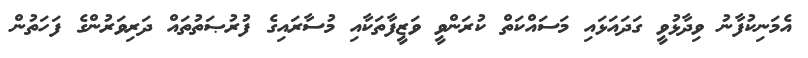
އެމަނިކުފާނު ވިދާޅުވީ ގަދައަޅައި މަސައްކަތް ކުރަންވީ ވަޒީފާތަކާއި މުސާރައިގެ ފުރުޞަތުތައް ދަރިވަރުންގެ ފަހަތުން